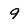
Character: 9